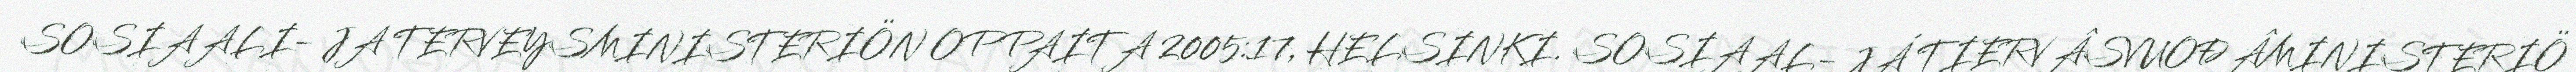
SOSIAALI- JA TERVEYSMINISTERIÖN OPPAITA 2005:17, HELSINKI. SOSIAAL- JÁ TIERVÂSVUOĐÂMINISTERIÖ